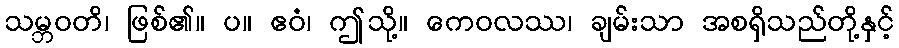
သမ္ဘဝတိ၊ ဖြစ်၏။ ပ။ ဧဝံ၊ ဤသို့။ ကေဝလဿ၊ ချမ်းသာ အစရှိသည်တို့နှင့်